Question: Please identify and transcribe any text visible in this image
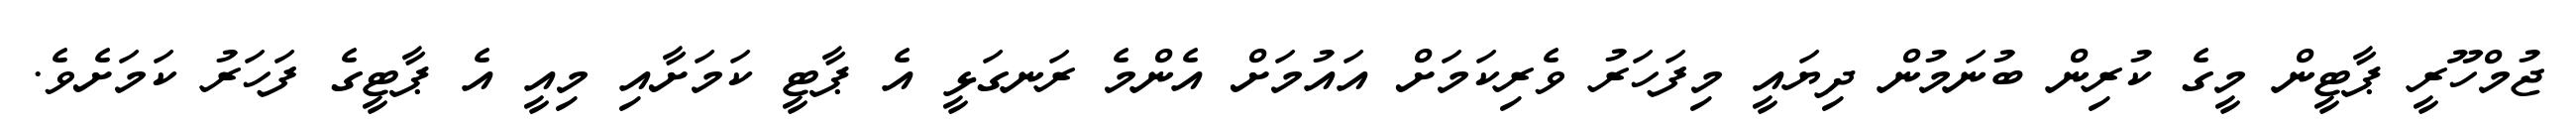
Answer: ޖުމްހޫރީ ޕާޓީން މީގެ ކުރިން ބުނަމުން ދިޔައީ މިފަހަރު ވެރިކަމަށް އައުމަށް އެންމެ ރަނގަޅީ އެ ޕާޓީ ކަމަށާއި މިއީ އެ ޕާޓީގެ ފަހަރު ކަމަށެވެ.